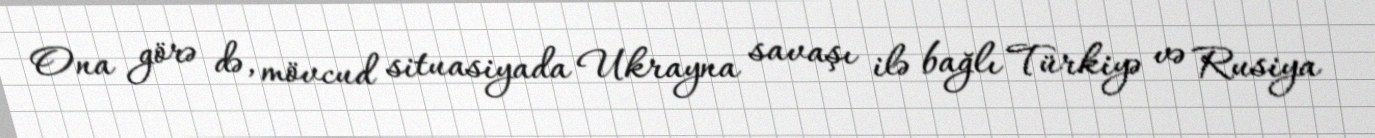
Ona görə də, mövcud situasiyada Ukrayna savaşı ilə bağlı Türkiyə və Rusiya